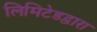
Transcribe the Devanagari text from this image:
लिमिटेडद्वारा